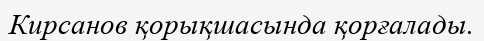
Кирсанов қорықшасында қорғалады.